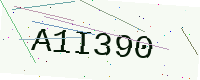
Text: A1I390